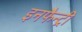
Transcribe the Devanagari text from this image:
इनफैन्ट्री